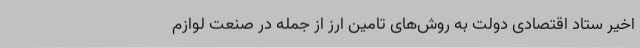
اخیر ستاد اقتصادی دولت به روش‌های تامین ارز از جمله در صنعت لوازم